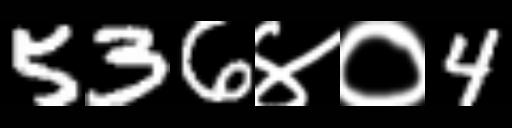
Text: 536४०4